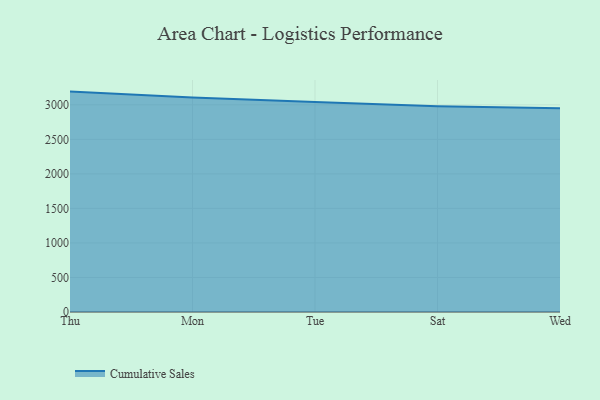
{"axis": {"x": "Day", "y": "Bounce Rate (%)"}, "legend": ["Cumulative Sales"], "data": [{"x": "Thu", "y": 3191.8, "type": "Cumulative Sales"}, {"x": "Mon", "y": 3105.9, "type": "Cumulative Sales"}, {"x": "Tue", "y": 3042.4, "type": "Cumulative Sales"}, {"x": "Sat", "y": 2980.4, "type": "Cumulative Sales"}, {"x": "Wed", "y": 2951.8, "type": "Cumulative Sales"}]}